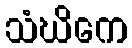
သံဃိကေ